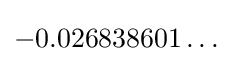
-0.026838601\ldots